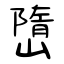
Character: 嶞